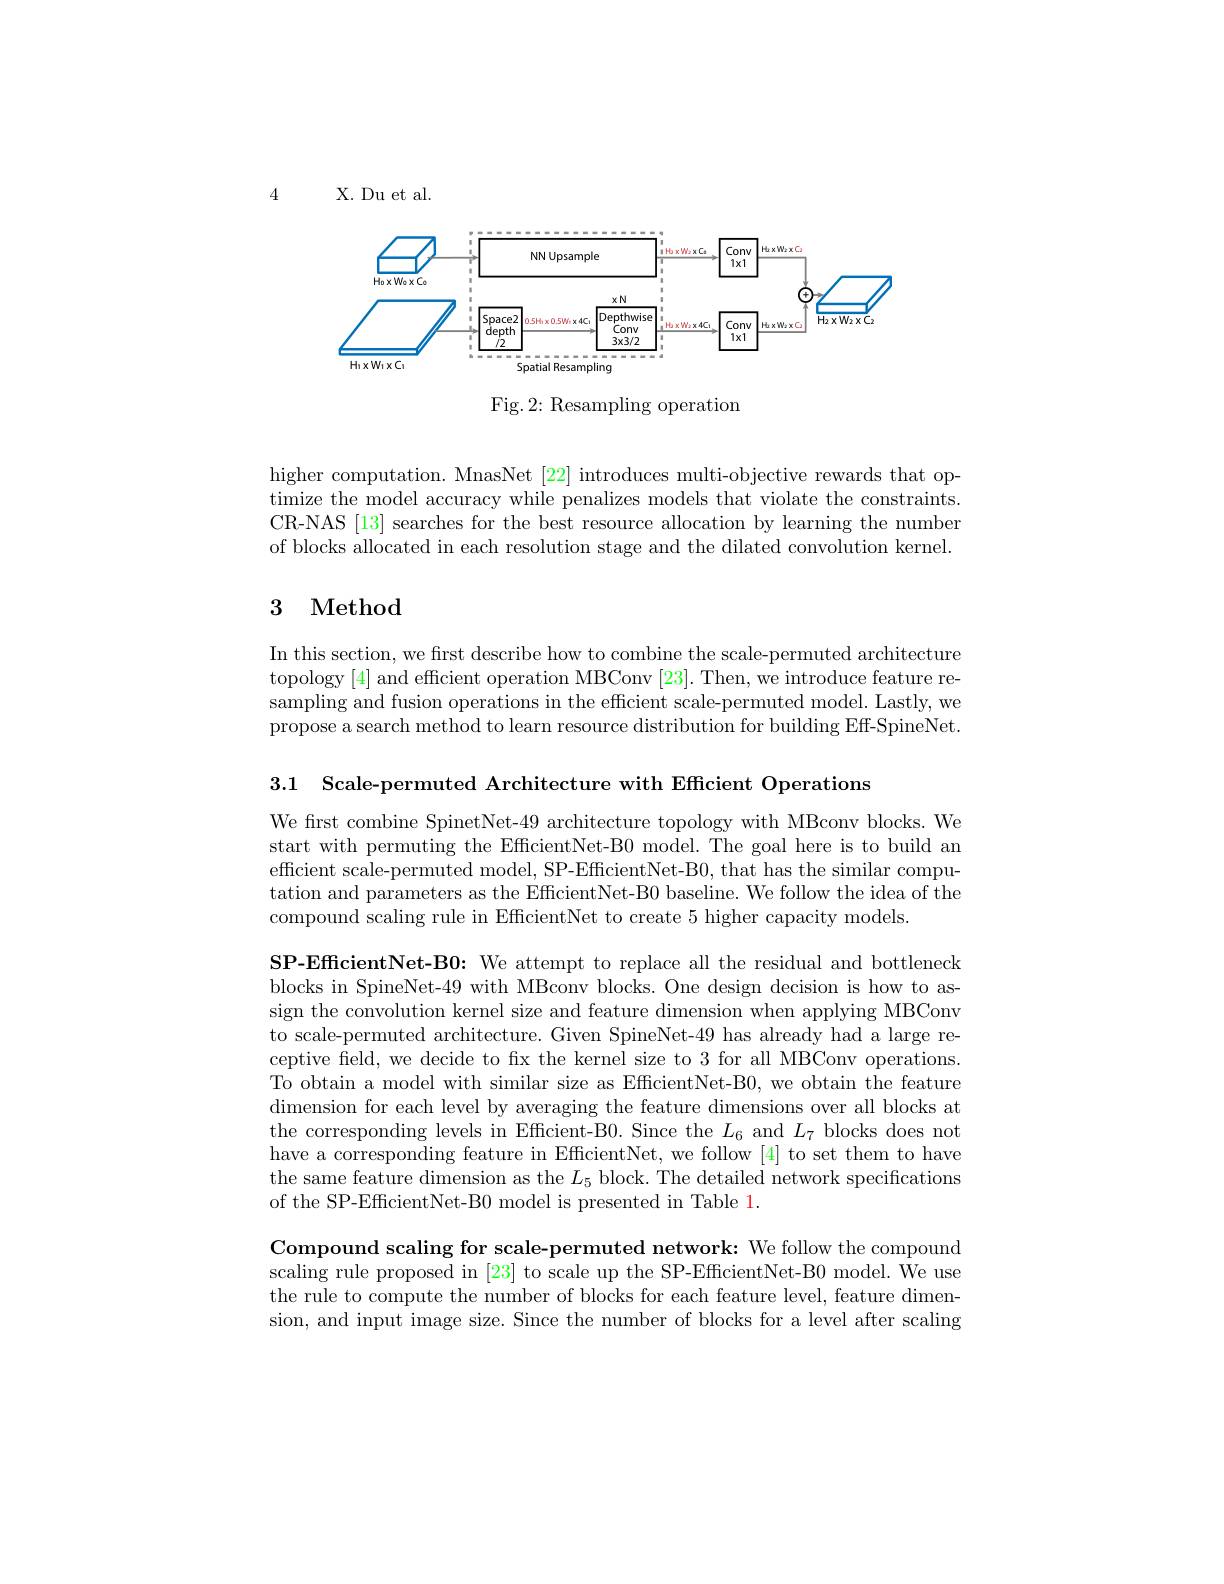
4

X. Du et al.

<FigureHere>

Fig. 2: Resampling operation

higher computation. MnasNet [22] introduces multi-objective rewards that optimize the model accuracy while penalizes models that violate the constraints. CR-NAS [13] searches for the best resource allocation by learning the number of blocks allocated in each resolution stage and the dilated convolution kernel.

## 3 Method

In this section, we first describe how to combine the scale-permuted architecture topology [4] and efficient operation MBConv [23]. Then, we introduce feature resampling and fusion operations in the efficient scale-permuted model. Lastly, we propose a search method to learn resource distribution for building Eff-SpineNet.

3.1 Scale-permuted Architecture with Efficient Operations

We first combine SpinetNet-49 architecture topology with MBconv blocks. We start with permuting the EfficientNet-B0 model. The goal here is to build an efficient scale-permuted model, SP-EfficientNet-B0, that has the similar computation and parameters as the EfficientNet-B0 baseline. We follow the idea of the compound scaling rule in EfficientNet to create 5 higher capacity models.

SP-EfficientNet-B0: We attempt to replace all the residual and bottleneck blocks in SpineNet-49 with MBconv blocks. One design decision is how to assign the convolution kernel size and feature dimension when applying MBConv to scale-permuted architecture. Given SpineNet-49 has already had a large receptive field, we decide to fx the kernel size to 3 for all MBConv operations. To obtain a model with similar size as EfficientNet-B0, we obtain the feature dimension for each level by averaging the feature dimensions over all blocks at the corresponding levels in Efficient-B0. Since the $L_6$ and $L_7$ blocks does not have a corresponding feature in EfficientNet, we follow [4] to set them to have the same feature dimension as the $L_5$ block. The detailed network specifications of the SP-EfficientNet-B0 model is presented in Table 1.

Compound scaling for scale-permuted network: We follow the compound scaling rule proposed in [23] to scale up the SP-EfficientNet-B0 model. We use the rule to compute the number of blocks for each feature level, feature dimension, and input image size. Since the number of blocks for a level after scaling